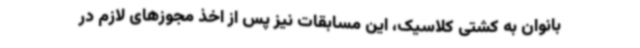
بانوان به کشتی کلاسیک، این مسابقات نیز پس از اخذ مجوزهای لازم‌ در